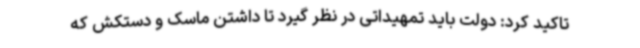
تاکید کرد: دولت باید تمهیداتی در نظر گیرد تا داشتن ماسک و دستکش که